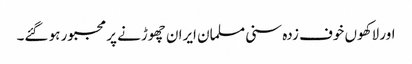
اور لاکھوں خوف زدہ سنی مسلمان ایران چھوڑنے پر مجبور ہو گئے۔